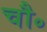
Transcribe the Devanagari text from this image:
चौ॰